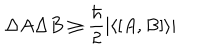
LaTeX: \Delta A \Delta B \ge \frac { \hbar } { 2 } \vert \langle [ A , B ] \rangle \vert